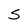
Character: S